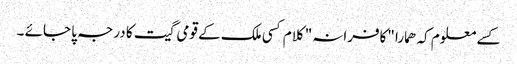
کسے معلوم کہ ھمارا "کافرانہ" کلام کسی ملک کے قومی گیت کا درجہ پا جائے ۔